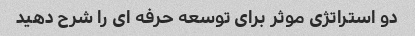
دو استراتژی موثر برای توسعه حرفه ای را شرح دهید